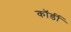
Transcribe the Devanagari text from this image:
कॉर्डी